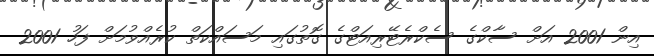
އިން 2001 އަށް ސާކްގެ ސެކްރެޓޭރިއަޓްގެ ގޮތުގައި މަސައްކަތް ކުރެއްވުމަށް ފަހު 2001